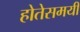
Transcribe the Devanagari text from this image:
होतेसमयी